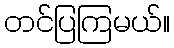
တင်ပြကြမယ်။